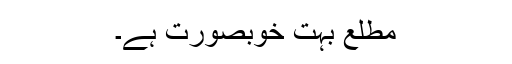
مطلع بہت خوبصورت ہے۔